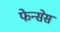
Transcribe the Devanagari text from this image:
फेन्सेस